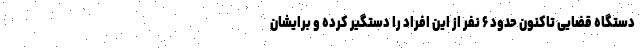
دستگاه قضایی تاکنون حدود ۶ نفر از این افراد را دستگیر کرده و برایشان